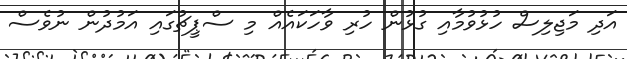
އަދި މަޖިލިސް ހުޅުވުމާއި ގުޅުން ހުރި ވާހަކައެއް މި ސްޕީޗުގައި އަމުދުން ނުވެސް